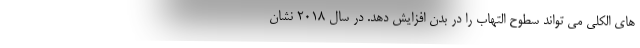
های الکلی می تواند سطوح التهاب را در بدن افزایش دهد. در سال 2018 نشان